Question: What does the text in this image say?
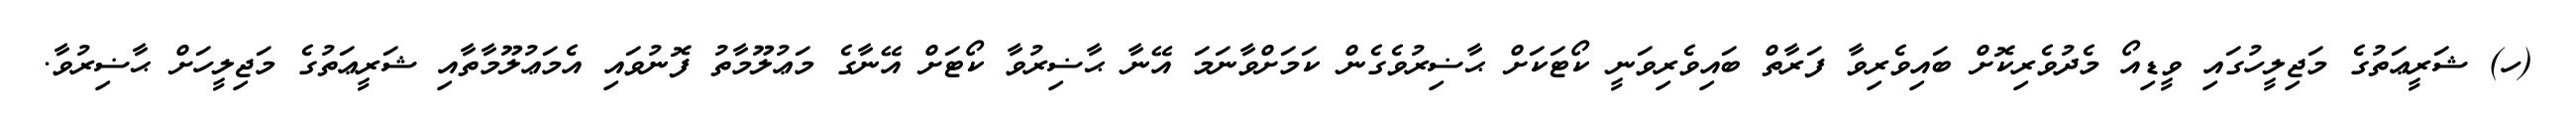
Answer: (ހ) ޝަރީޢަތުގެ މަޖިލީހުގައި ވީޑިއޯ މެދުވެރިކޮށް ބައިވެރިވާ ފަރާތް ބައިވެރިވަނީ ކޯޓަކަށް ޙާޟިރުވެގެން ކަމަށްވާނަމަ އޭނާ ޙާޟިރުވާ ކޯޓަށް އޭނާގެ މަޢުލޫމާތު ފޮނުވައި އެމަޢުލޫމާތާއި ޝަރީޢަތުގެ މަޖިލީހަށް ޙާޟިރުވާ.